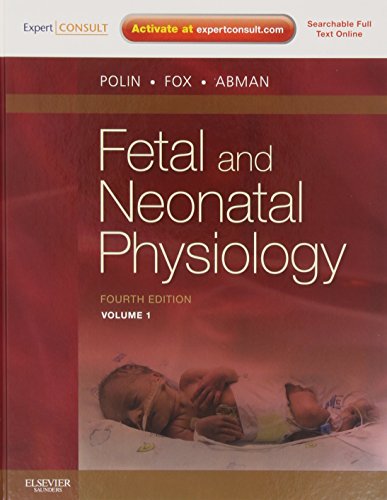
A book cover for Fetal and Neonatal Physiology: Expert Consult - Online and Print, 2-Volume Set, 4e (Polin, Fetal and Neonatal Physiology, 2 Vol Set); Polin; Medical Books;